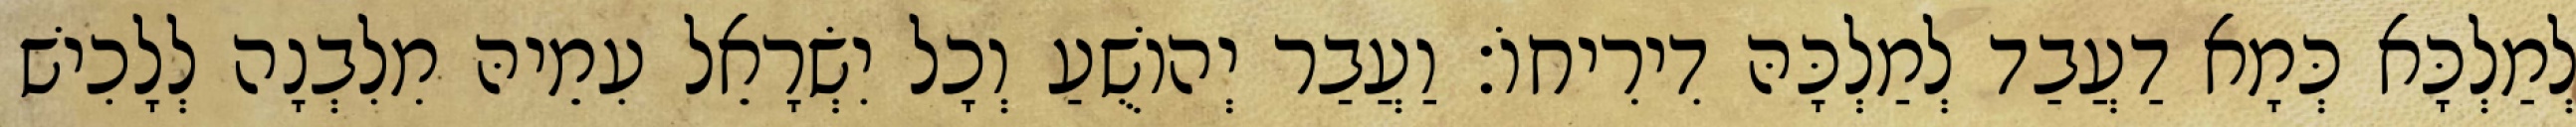
לְמַלְכָּא כְּמָא דַעֲבַד לְמַלְכָּהּ דִירִיחוֹ׃ וַעֲבַר יְהוֹשֻׁעַ וְכָל יִשְׂרָאֵל עִמֵיהּ מִלִבְנָה לְלָכִישׁ